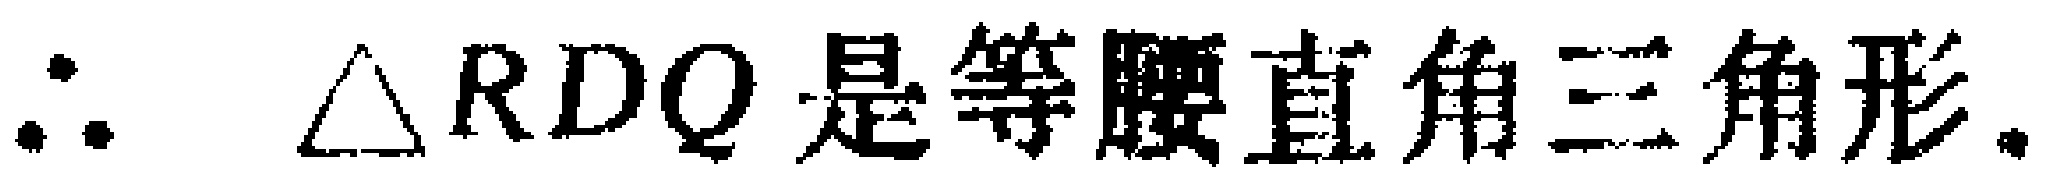
$\therefore \triangle RDQ是等腰直角三角形.$